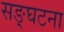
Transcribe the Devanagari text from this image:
सङ्घटना